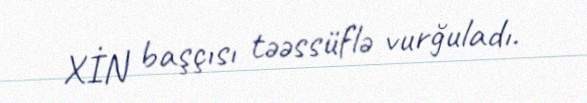
XİN başçısı təəssüflə vurğuladı.